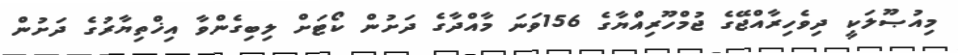
މިއުޞޫލަކީ ދިވެހިރާއްޖޭގެ ޖުމްހޫރިއްޔާގެ 156ވަނަ މާއްދާގެ ދަށުން ކޯޓަށް ލިބިގެންވާ އިޚްތިޔާރުގެ ދަށުން